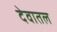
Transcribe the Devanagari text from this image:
देवातल